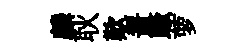
麟耿歎齧蹶萝